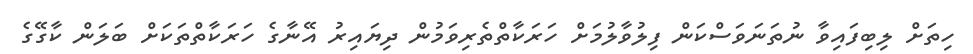
ހިތަށް ލިބިފައިވާ ނުތަނަވަސްކަން ފިލުވާލުމަށް ހަރަކާތްތެރިވަމުން ދިޔައިރު އޭނާގެ ހަރަކާތްތަކަށް ބަލަން ކާގޭގެ